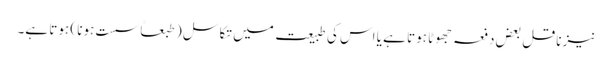
نیز ناقل بعض دفعہ جھوٹا ہوتا ہے یا اس کی طبیعت میں تکاسل ( طبعاً سست ہونا ) ہوتا ہے۔